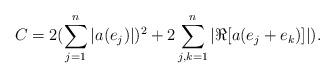
LaTeX: \begin{align*}C = 2(\sum_{j=1}^{n} |a(e_j)|)^2+2 \sum_{j,k=1}^{n} |\Re [a(e_j+e_k)]|).\end{align*}